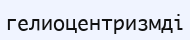
гелиоцентризмді